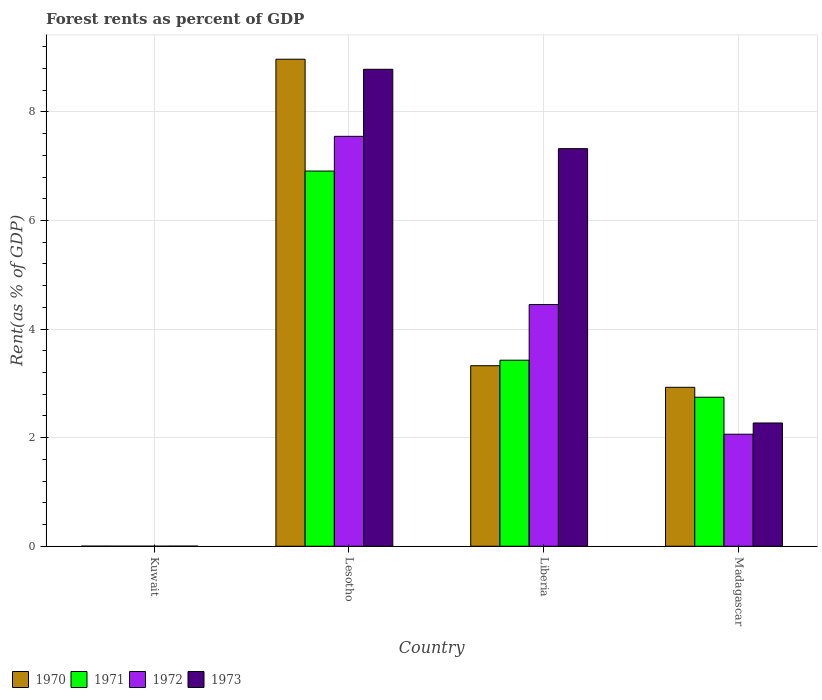
| Country | 1970 | 1971 | 1972 | 1973 |
 | --- | --- | --- | --- | --- |
 | Kuwait | 0.0017 | 0.000973 | 0.000992 | 0.00215 |
 | Lesotho | 8.97 | 6.91 | 7.55 | 8.79 |
 | Liberia | 3.33 | 3.43 | 4.45 | 7.32 |
 | Madagascar | 2.93 | 2.75 | 2.06 | 2.27 |